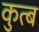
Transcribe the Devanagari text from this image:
कुत्ब